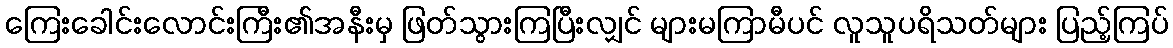
ကြေးခေါင်းလောင်းကြီး၏အနီးမှ ဖြတ်သွားကြပြီးလျှင် များမကြာမီပင် လူသူပရိသတ်များ ပြည့်ကြပ်